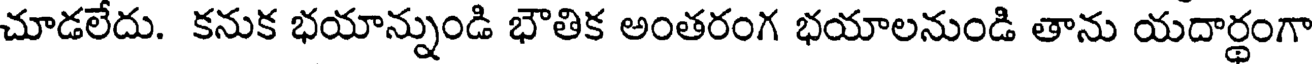
చూడలేదు. కనుక భయాన్నుండి భౌతిక అంతరంగ భయాలనుండి తాను యదార్థంగా